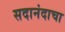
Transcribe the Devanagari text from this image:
सदानंदाचा